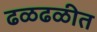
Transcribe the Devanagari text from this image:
ढळढळीत